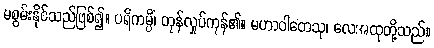
မစွမ်းနိုင်သည်ဖြစ်၍။ ပရိကမ္ပိံ၊ တုန်လှုပ်ကုန်၏။ မဟာဝါတေသု၊ လေအထုတို့သည်။